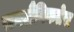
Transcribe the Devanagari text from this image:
समलैंगिकतेस